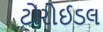
ટોરોઈડલ